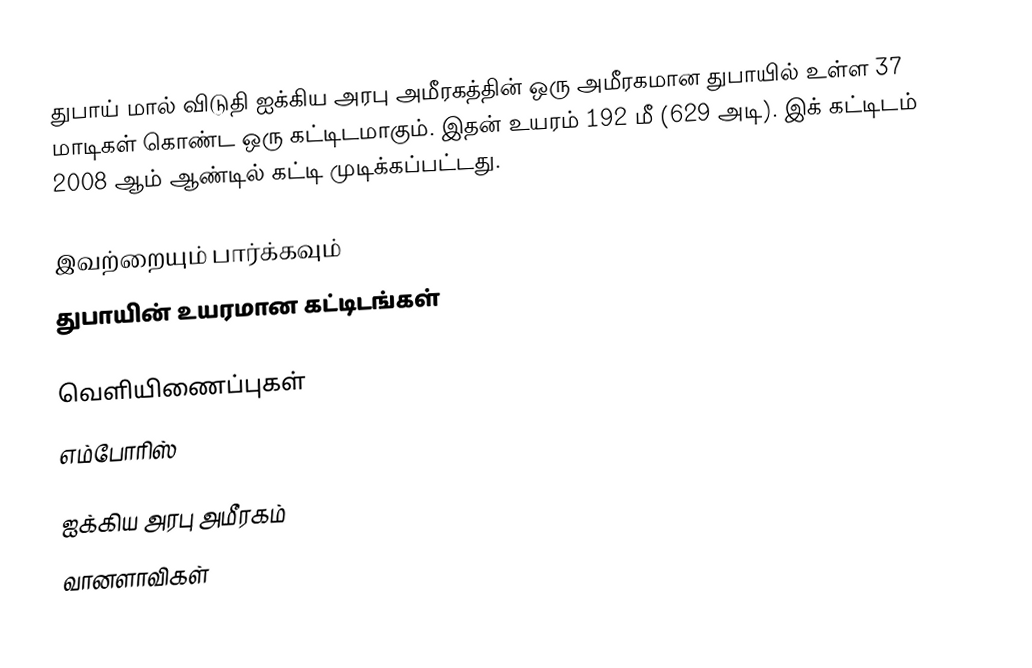
துபாய் மால் விடுதி ஐக்கிய அரபு அமீரகத்தின் ஒரு அமீரகமான துபாயில் உள்ள 37 மாடிகள் கொண்ட ஒரு கட்டிடமாகும். இதன் உயரம் 192 மீ (629 அடி). இக் கட்டிடம் 2008 ஆம் ஆண்டில் கட்டி முடிக்கப்பட்டது.

இவற்றையும் பார்க்கவும்
 துபாயின் உயரமான கட்டிடங்கள்

வெளியிணைப்புகள்
எம்போரிஸ்

ஐக்கிய அரபு அமீரகம்
வானளாவிகள்